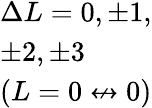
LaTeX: \begin{array}{l}{\Delta L=0,\pm 1,}\\ {\pm 2,\pm 3}\\ {(L=0\not\leftrightarrow 0)}\end{array}